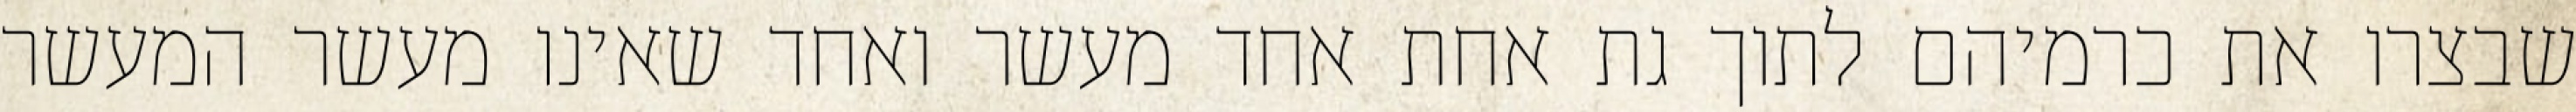
שבצרו את כרמיהם לתוך גת אחת אחד מעשר ואחד שאינו מעשר המעשר